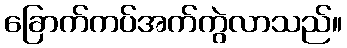
ခြောက်ကပ်အက်ကွဲလာသည်။